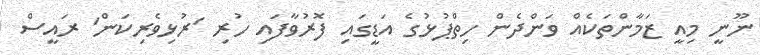
ނޫނީ މިއީ ޒަމާންތަކެއް ވަންދެން ހިތްޕުޅުގެ އަޑީގައި ފޮރުވާފައި ހުރި 'ރުޅިވެރިކަން' ރައީސް